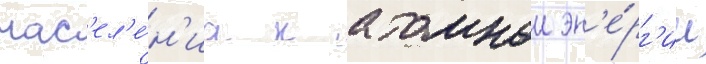
нас'ел'е́н'иа к атомнои эн'е́рг'ии